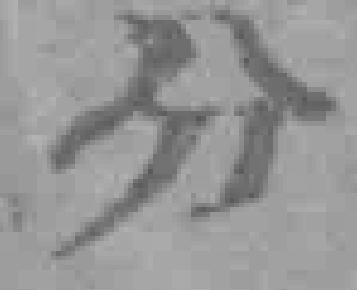
分